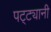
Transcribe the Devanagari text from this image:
पट्ट्यानी